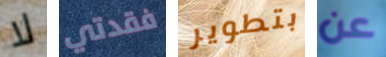
لا فقدتي بتطوير عن